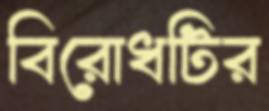
বিরোধটির